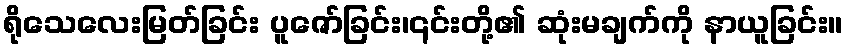
ရိုသေလေးမြတ်ခြင်း ပူဇော်ခြင်း၊၎င်းတို့၏ ဆုံးမချက်ကို နာယူခြင်း။